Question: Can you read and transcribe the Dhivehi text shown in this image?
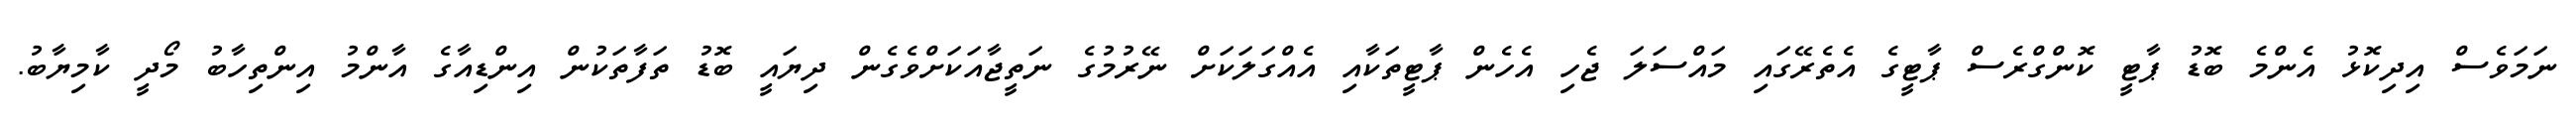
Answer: ނަމަވެސް އިދިކޮޅު އެންމެ ބޮޑު ޕާޓީ ކޮންގްރެސް ޕާޓީގެ އެތެރޭގައި މައްސަލަ ޖެހި އެހެން ޕާޓީތަކާއި އެއްގަލަކަށް ނޭރުމުގެ ނަތީޖާއަކަށްވެގެން ދިޔައީ ބޮޑު ތަފާތަކުން އިންޑިއާގެ އާންމު އިންތިހާބު މޯދީ ކާމިޔާބު.